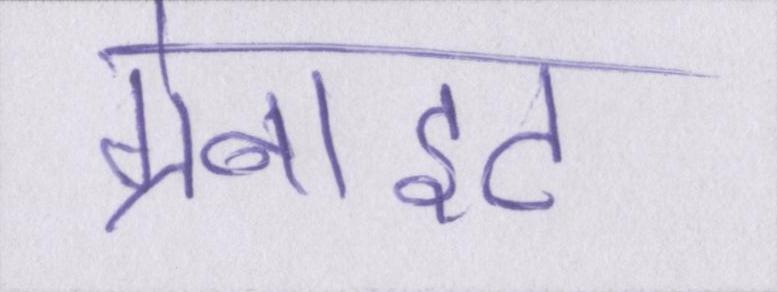
ग्रेनाइट